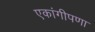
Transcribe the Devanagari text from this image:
एकांगीपणा